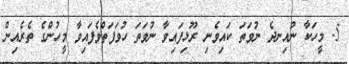
5- މީހަކާ ނުއިނދެ ނުވަތަ ކައިވެނި ރޫޅިފައިވާ ނުވަތަ ހުވަފަތްވެފައިވާ މީހުންގެ ތެރެއިން